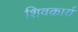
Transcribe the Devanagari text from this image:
शिवकार्य